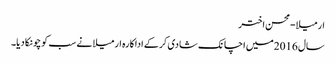
ارمیلا-محسن اختر
سال 2016میں اچانک شادی کرکے اداکارہ ارمیلا نے سب کو چونکا دیا۔